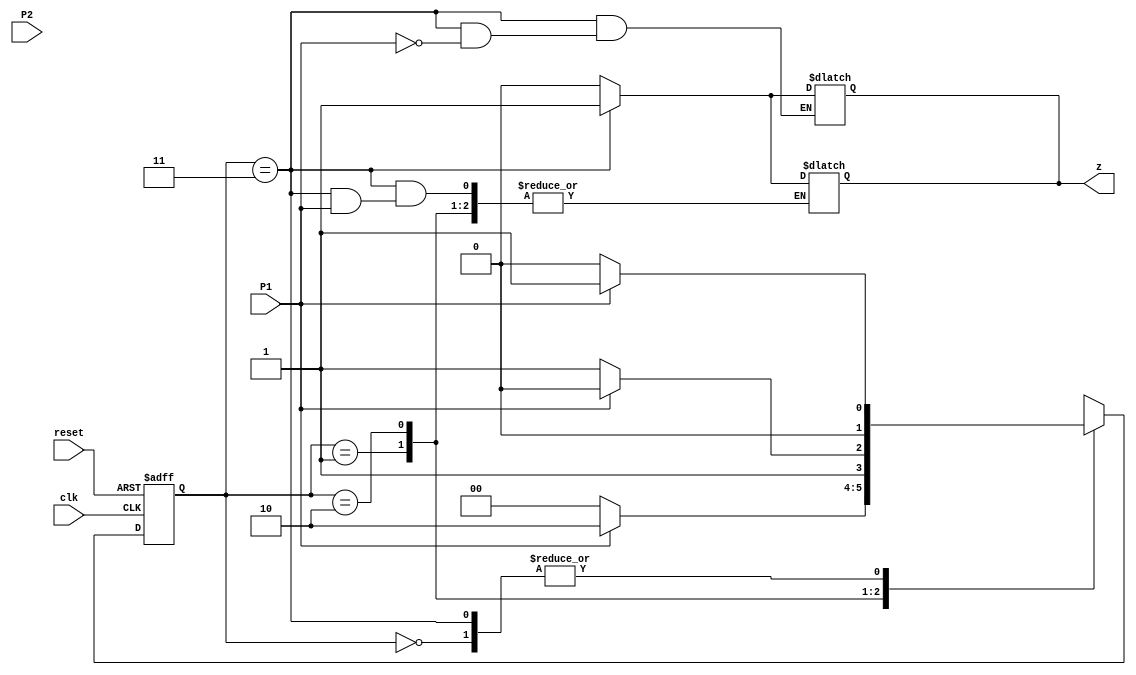
`timescale 1ns / 1ps
//////////////////////////////////////////////////////////////////////////////////
// Company: 
// Engineer: 
// 
// Design Name: 
// Module Name: meal_seq_detect
// Project Name: 
// Target Devices: 
// Tool Versions: 
// Description: 
// 
// Dependencies: 
// 
// Revision:
// Revision 0.01 - File Created
// Additional Comments:
// 
//////////////////////////////////////////////////////////////////////////////////


module meal_seq_detect(
    input P1,
    input P2,
    input clk,
    input reset,
    output reg z
    );
    
    parameter S0 = 0 , S1 = 1 , S2 = 2 , S3 = 3 ;
reg [1:0] PS,NS ;

    always@(posedge clk or posedge reset)
        begin
            if(reset)
                PS <= S0;   
            else    
                PS <= NS ;
        end             

    always@(PS or P1 or P2)
    begin 
        case(PS)
            S0 : begin 
            z = 0 ;
            if (P1)
                NS = S1;
            else 
	           NS = S0;
            end
            S1 : begin 
            if (P1)
                NS = S2;
            else 
	           NS = S0;
            end
            S2 : begin 
            if (P1)
                NS = S2;
            else 
	           NS = S3;
            end 
            S3 : begin 
            if (P1)
                NS = S1;
            else
            begin
	           NS = S0;
	           z = 1;
	        end
            end 
        endcase
    end
    
    always @ (PS or P1 or P2)
    begin
    case (PS)
        S0 : z = 0 ;
        S1 : z = 0 ;
        S2 : z = 0 ;
        S3 :  begin
	    if (P1)
	       z = 1 ;
	    end    
    endcase
    end
    
endmodule